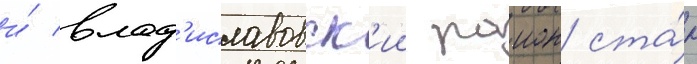
и́ влад'иславовск'ии раион ста́л